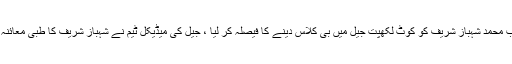
محکمہ داخلہ پنجاب نے قومی اسمبلی میں قائد حزب اختلاف و سابق وزیر اعلیٰ پنجاب محمد شہباز شریف کو کوٹ لکھپت جیل میں بی کلاس دینے کا فیصلہ کر لیا ، جیل کی میڈیکل ٹیم نے شہباز شریف کا طبی معائنہ کیا جبکہ آج (جمعہ ) جناح ہسپتال کی میڈیکل ٹیم جیل جا کر طبی معائنہ کرے گی ۔